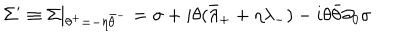
\Sigma ^ { \prime } \equiv \Sigma | _ { \theta ^ { + } = - \eta \bar { \theta } ^ { - } } = \sigma + i \theta ( \bar { \lambda } _ { + } + \eta \lambda _ { - } ) - i \theta \bar { \theta } \partial _ { 0 } \sigma